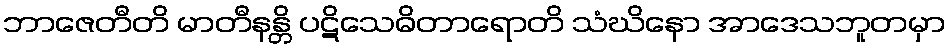
ဘာဇေတီတိ မာတီနန္တိ ပဋိသေဓိတာရောတိ သံဃိနော အာဒေသဘူတမှာ